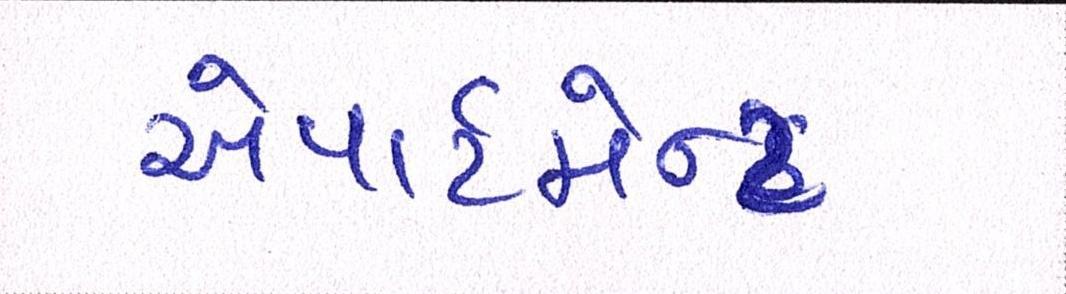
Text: એપાર્ટમેન્ટ